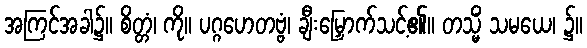
အကြင်အခါ၌။ စိတ္တံ၊ ကို။ ပဂ္ဂဟေတဗ္ဗံ၊ ချီးမြှောက်သင့်၏။ တသ္မိံ သမယေ၊ ၌။